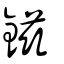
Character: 鎡